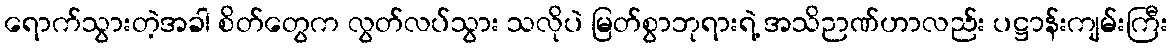
ရောက်သွားတဲ့အခါ စိတ်တွေက လွတ်လပ်သွား သလိုပဲ မြတ်စွာဘုရားရဲ့ အသိဉာဏ်ဟာလည်း ပဋ္ဌာန်းကျမ်းကြီး